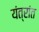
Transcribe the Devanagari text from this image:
यंत्रांत